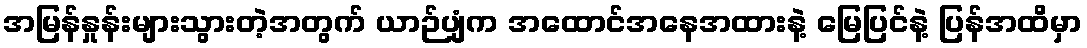
အမြန်နှုန်းများသွားတဲ့အတွက် ယာဉ်ပျံက အထောင်အနေအထားနဲ့ မြေပြင်နဲ့ ပြန်အထိမှာ